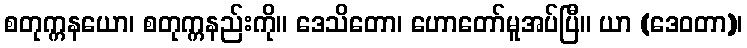
စတုက္ကနယော၊ စတုက္ကနည်းကို။ ဒေသိတော၊ ဟောတော်မူအပ်ပြီ။ ယာ (ဒေဝတာ)၊